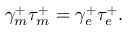
\gamma _ { m } ^ { + } \tau _ { m } ^ { + } = \gamma _ { e } ^ { + } \tau _ { e } ^ { + } .